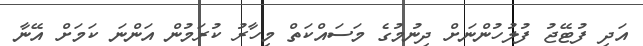
އަދި ފުޓޭޖު ފުލުހުންނަށް ދިނުމުގެ މަސައްކަތް މިހާރު ކުރަމުން އަންނަ ކަމަށް އޭނާ